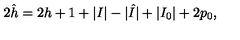
2 \hat { h } = 2 h + 1 + | I | - | \hat { I } | + | I _ { 0 } | + 2 p _ { 0 } ,